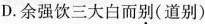
D.余强饮三大白而\underset{·}{别}(道别)